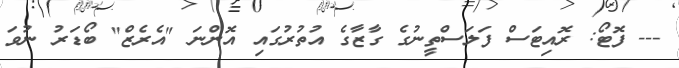
--- ފޮޓޯ: ރޮއިޓަސް ފަލަސްތީނުގެ ގާޒާގެ އުތުރުގައި އޮންނަ "އެރެޒް" ބޯޑަރު ނުވަ